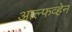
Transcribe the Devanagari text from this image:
आल्फव्हेन